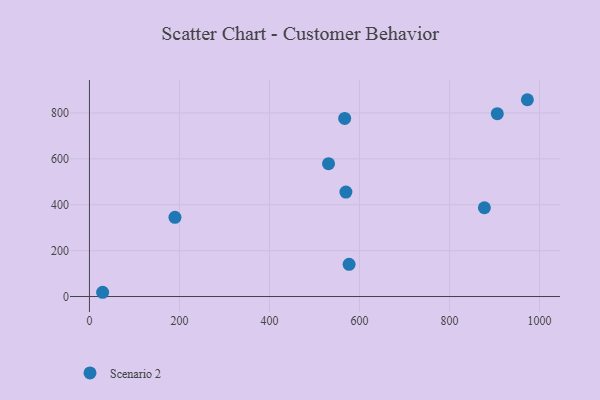
{"axis": {"x": "Distance", "y": "Demand"}, "legend": ["Scenario 2"], "data": [{"x": "973.0", "y": 857.5, "type": "Scenario 2"}, {"x": "567.1", "y": 776.0, "type": "Scenario 2"}, {"x": "576.9", "y": 140.5, "type": "Scenario 2"}, {"x": "877.5", "y": 386.9, "type": "Scenario 2"}, {"x": "569.8", "y": 455.1, "type": "Scenario 2"}, {"x": "29.3", "y": 18.5, "type": "Scenario 2"}, {"x": "906.2", "y": 796.7, "type": "Scenario 2"}, {"x": "190.0", "y": 345.0, "type": "Scenario 2"}, {"x": "531.2", "y": 579.0, "type": "Scenario 2"}]}